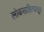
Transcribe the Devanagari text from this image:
लोकसाहित्यातून